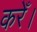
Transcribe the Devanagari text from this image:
करेँ।